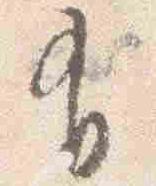
有